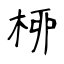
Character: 桺